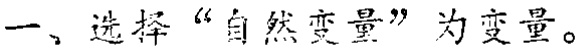
一、选择“自然变量”为变量。